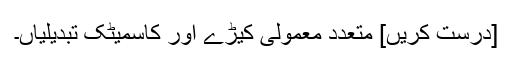
[درست کریں] متعدد معمولی کیڑے اور کاسمیٹک تبدیلیاں۔